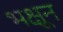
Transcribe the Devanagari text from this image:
भक्षून